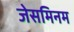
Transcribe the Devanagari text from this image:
जेसमिनम